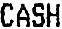
CASH